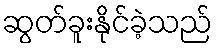
ဆွတ်ခူးနိုင်ခဲ့သည်